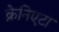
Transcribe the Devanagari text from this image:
क्रेनिएटा